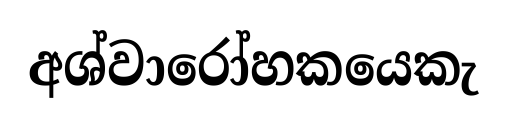
අශ්වාරෝහකයෙකැ